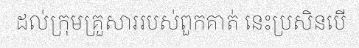
ដល់ក្រុមគ្រួសាររបស់ពួកគាត់ នេះប្រសិនបើ